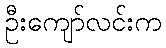
ဦးကျော်လင်းက